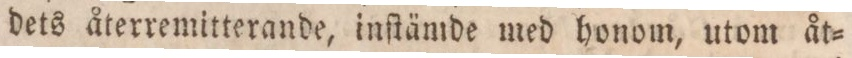
dets återremitterande, inſtämde med honom, utom åt=